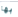
بها